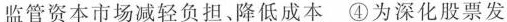
监管资本市场减轻负担、降低成本④为深化股票发